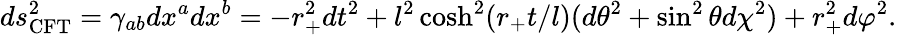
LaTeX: ds_{\mathrm{CFT}}^{2}=\gamma_{ab}dx^{a}dx^{b}=-r_{+}^{2}dt^{2}+l^{2}\cosh^{2}(r_{+}t/l)(d\theta^{2}+\sin^{2}\theta d\chi^{2})+r_{+}^{2}d\varphi^{2}.